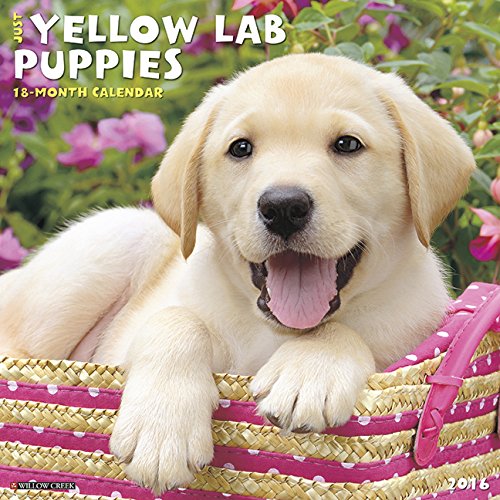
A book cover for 2016 Just Yellow Lab Puppies Wall Calendar; Willow Creek Press; Calendars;